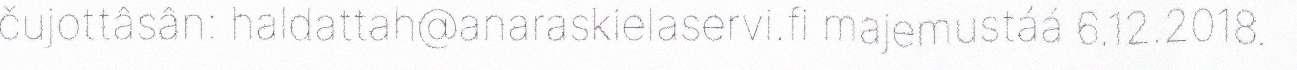
čujottâsân: haldattah@anaraskielaservi.fi majemustáá 6.12.2018.